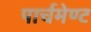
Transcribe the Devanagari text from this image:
पार्चमेण्ट